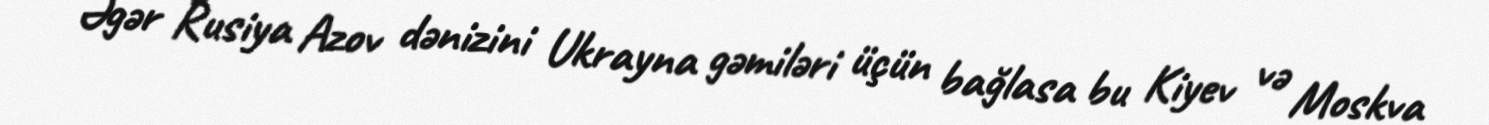
Əgər Rusiya Azov dənizini Ukrayna gəmiləri üçün bağlasa bu Kiyev və Moskva